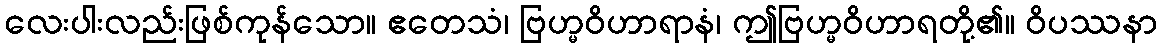
လေးပါးလည်းဖြစ်ကုန်သော။ ဧတေသံ၊ ဗြဟ္မဝိဟာရာနံ၊ ဤဗြဟ္မဝိဟာရတို့၏။ ဝိပဿနာ